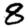
Digit: 8